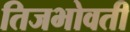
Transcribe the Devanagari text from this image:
तिजभोवती